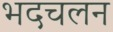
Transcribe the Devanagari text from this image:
भदचलन